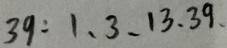
3 9 : 1 、 3 、 1 3 . 3 9 、